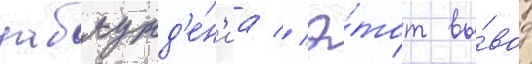
заблужд'е́н'иа // Э́тот вы́вод